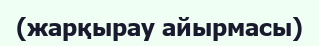
(жарқырау айырмасы)